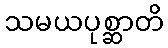
သမယပုစ္ဆာတိ